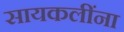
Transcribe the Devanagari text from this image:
सायकलींना